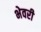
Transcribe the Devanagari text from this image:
भेवरी